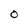
Character: O